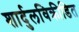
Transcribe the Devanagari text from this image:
शार्दुलविक्रीडित